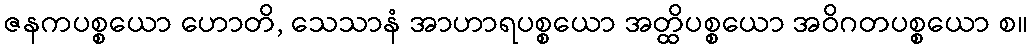
ဇနကပစ္စယော ဟောတိ, သေသာနံ အာဟာရပစ္စယော အတ္ထိပစ္စယော အဝိဂတပစ္စယော စ။